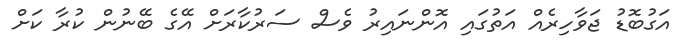
އަގުބޮޑު ޖަވާހިރެއް އަތުގައި އޮންނައިރު ވެސް ސަރުކާރަށް އޭގެ ބޭނުން ކުރާ ކަށް